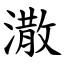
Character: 潵